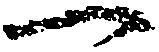
一